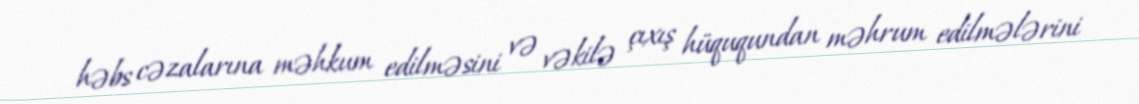
həbs cəzalarına məhkum edilməsini və vəkilə çıxış hüququndan məhrum edilmələrini